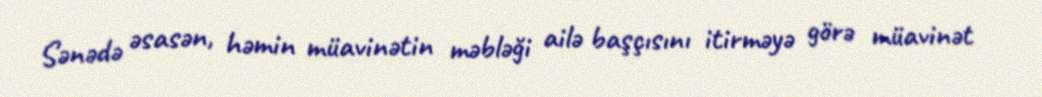
Sənədə əsasən, həmin müavinətin məbləği ailə başçısını itirməyə görə müavinət